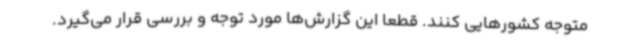
متوجه کشورهایی کنند. قطعا این گزارش‌ها مورد توجه و بررسی قرار می‌گیرد.